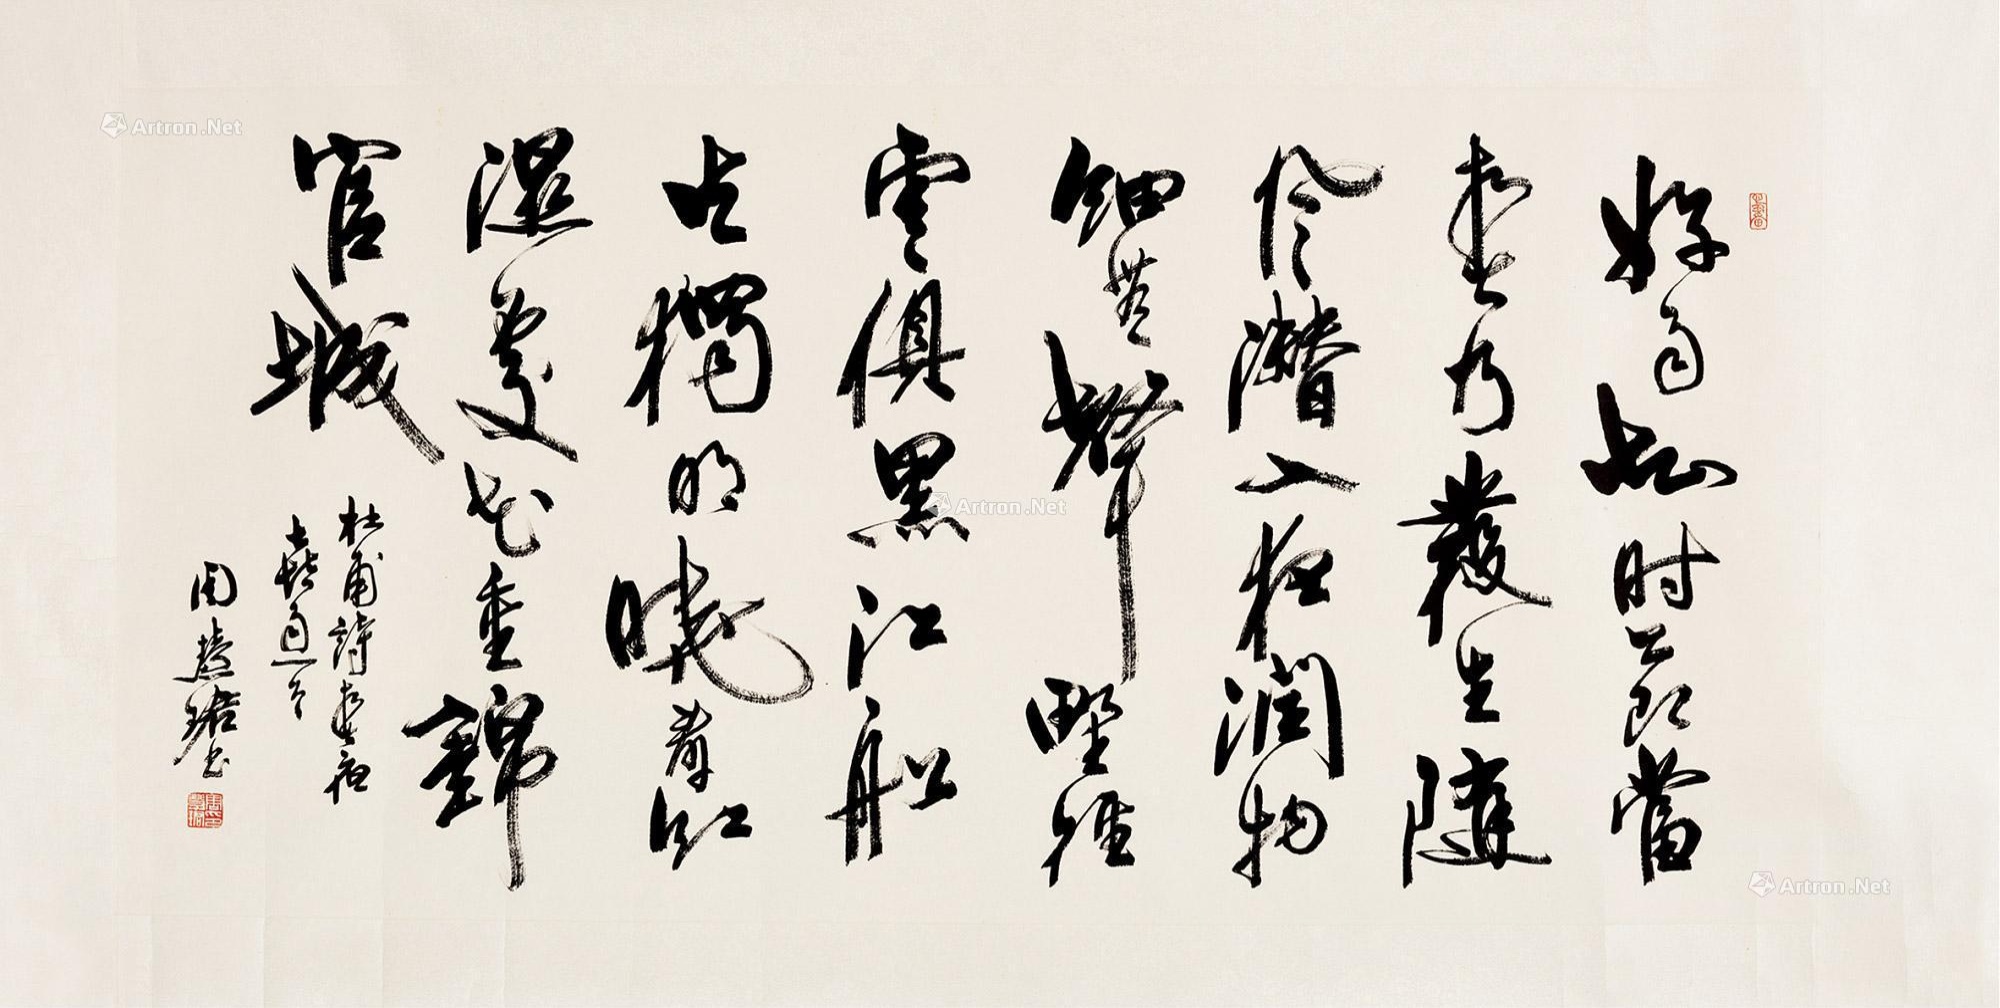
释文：好雨知时节，当春乃发生。随风潜入夜，润物细无声。野径云俱黑，江船火独明。晓看红湿处，花重锦官城。杜甫诗，《春夜喜雨》一首，周慧珺。